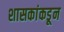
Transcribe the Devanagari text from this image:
शासकांकडून